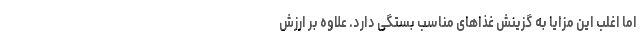
اما اغلب این مزایا به گزینش غذاهای مناسب بستگی دارد. علاوه بر ارزش